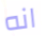
انه